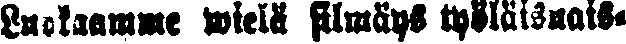
Luokaamme wielä silmäys työläisnais-